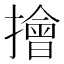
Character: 𢶒